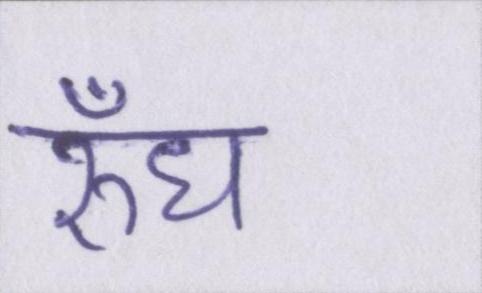
रुँध